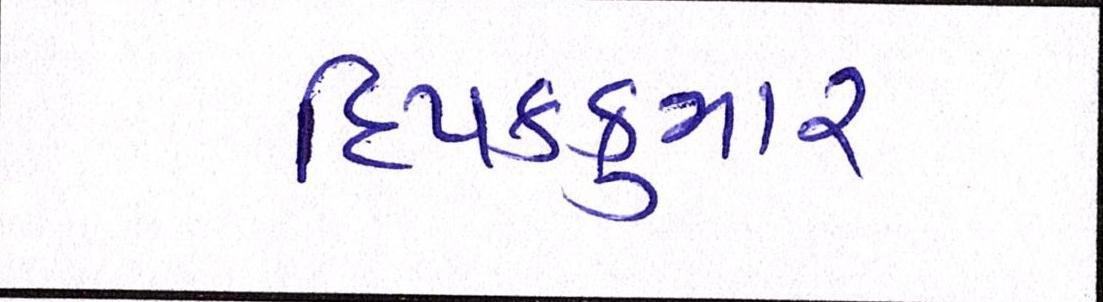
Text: દિપકકુમાર